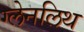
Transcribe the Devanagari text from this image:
ग्लेनलिथ